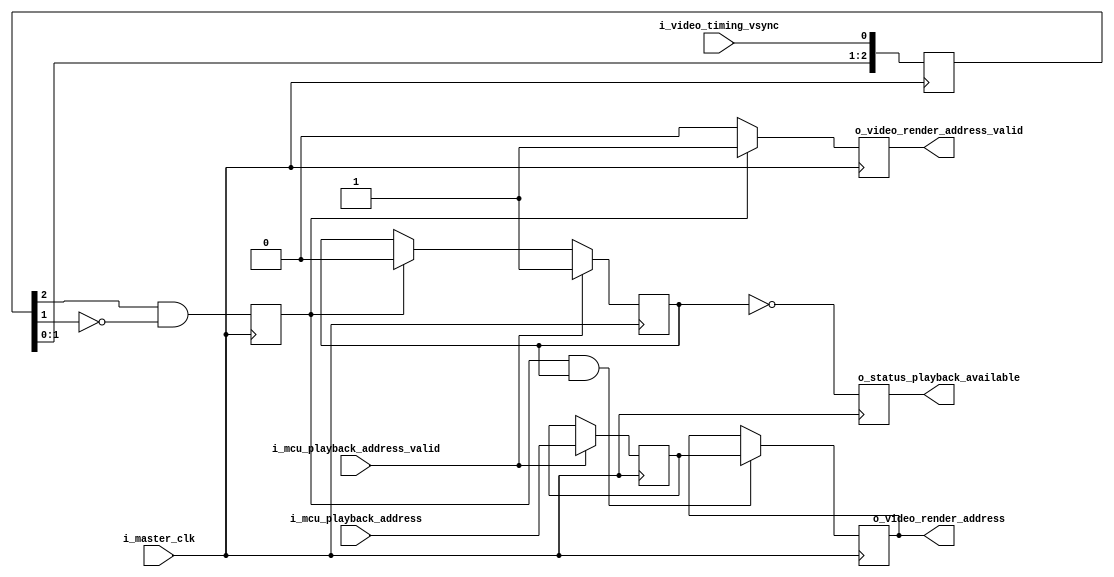

module PlaybackController (
        i_master_clk,

        // MCU CONTROLLER interface
        i_mcu_playback_address,
        i_mcu_playback_address_valid,

        // STATUS CONTROLLER interface
        o_status_playback_available,

        // VIDEO DECODER interface
        o_video_render_address,
        o_video_render_address_valid,

        // VIDEO TIMING CONTROLLER interface (pixel clock domain)
        i_video_timing_vsync

    );

    input           i_master_clk;

    input[17:0]     i_mcu_playback_address;
    input           i_mcu_playback_address_valid;

    output          o_status_playback_available;

    output[17:0]    o_video_render_address;
    output          o_video_render_address_valid;

    input           i_video_timing_vsync;

    // ***********************************************
    // **                                           **
    // **   VSYNC SYNCHRONIZER                      **
    // **                                           **
    // ***********************************************

    // cross clock domain
    reg[2:0]        xd_vsync = 3'b0;

    always @(posedge i_master_clk)
        xd_vsync <= { xd_vsync[1:0], i_video_timing_vsync };

    // edge detector
    reg             r_vsync = 0;

    always @(posedge i_master_clk)
        r_vsync <= xd_vsync[2] && !xd_vsync[1];


    // ***********************************************
    // **                                           **
    // **   FRAME BASE ADDRESS BUFFER               **
    // **                                           **
    // ***********************************************

    // next buffer
    reg[17:0]       r_base_next =0 ;
    reg             r_base_next_valid = 0;

    // one after next buffer
    reg[17:0]       r_base_after_next = 0;
    reg             r_base_after_next_valid = 0;

    // next buffer
    always @(posedge i_master_clk) begin
        if(r_vsync && r_base_after_next_valid) begin
            r_base_next_valid <= 1'b1;
            r_base_next <= r_base_after_next;
        end
    end

    // after next buffer
    always @(posedge i_master_clk) begin
        if(i_mcu_playback_address_valid) begin
            r_base_after_next <= i_mcu_playback_address;
            r_base_after_next_valid <= 1'b1;
        end else if(r_vsync) begin
            r_base_after_next_valid <= 1'b0;
        end
    end

    // buffer available flag
    reg         r_buffer_available = 0;

    always @(posedge i_master_clk)
        r_buffer_available <= !r_base_after_next_valid;

    assign o_status_playback_available = r_buffer_available;


    // ***********************************************
    // **                                           **
    // **   FRAME BASE ADDRESS PULL OUT             **
    // **                                           **
    // ***********************************************

    reg             r_render_address_valid = 0;

    always @(posedge i_master_clk) begin
        if(r_vsync) begin
            r_render_address_valid <= 1'b1;
        end else begin
            r_render_address_valid <= 1'b0;
        end
    end

    assign o_video_render_address = r_base_next;
    assign o_video_render_address_valid = r_render_address_valid;


endmodule